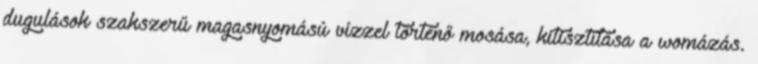
dugulások szakszerű magasnyomású vízzel történő mosása, kitisztítása a womázás.